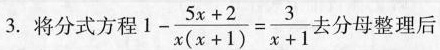
3.将分式方程$$1 - \frac { 5 x + 2 } { x ( x + 1 ) } = \frac { 3 } { x + 1 }$$去分母整理后